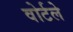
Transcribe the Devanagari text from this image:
वोर्टले